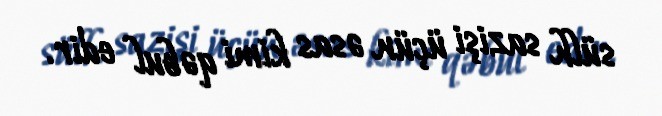
sülh sazişi üçün əsas kimi qəbul edir.